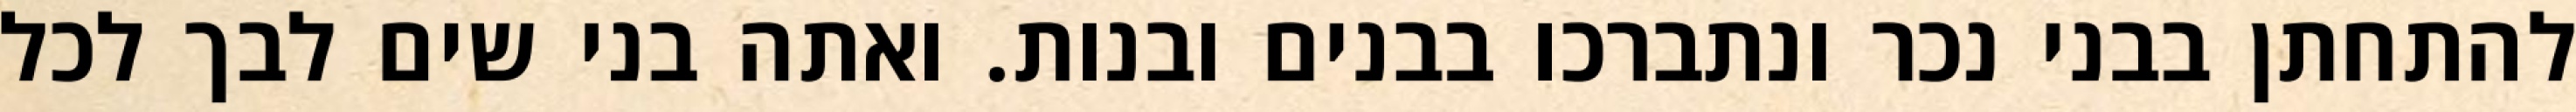
להתחתן בבני נכר ונתברכו בבנים ובנות. ואתה בני שים לבך לכל